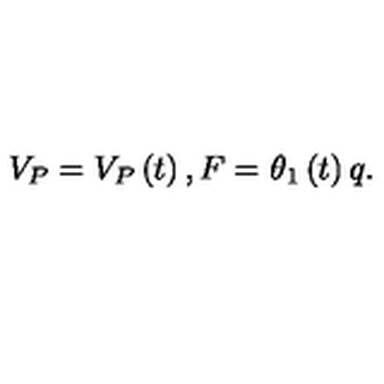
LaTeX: V _ { P } = V _ { P } \left( t \right) , F = \theta _ { 1 } \left( t \right) q .